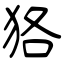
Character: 狢